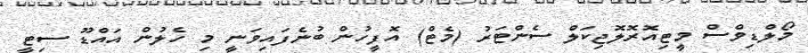
މޯލްޑިވްސް މީޓިއޮރޮލޮޖިކަލް ސެންޓަރު (މެޓް) އޮފީހުން ބުނެފައިވަނީ މި ހެލުން އައްޑޫ ސިޓީ